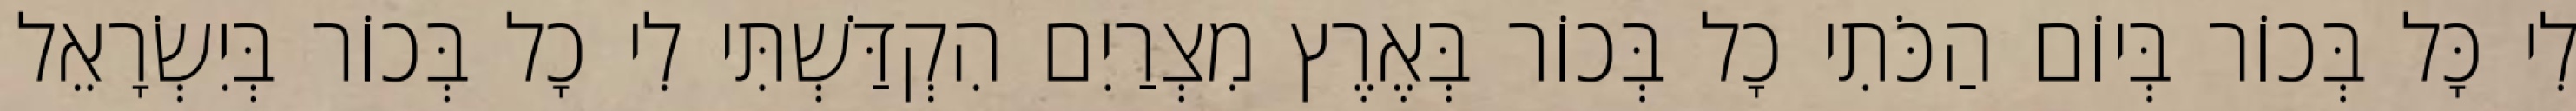
לִי כָּל בְּכוֹר בְּיוֹם הַכֹּתִי כָל בְּכוֹר בְּאֶרֶץ מִצְרַיִם הִקְדַּשְׁתִּי לִי כָל בְּכוֹר בְּיִשְׂרָאֵל